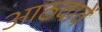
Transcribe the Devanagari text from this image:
आठवावें